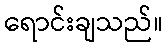
ရောင်းချသည်။